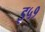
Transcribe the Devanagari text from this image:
इ५१